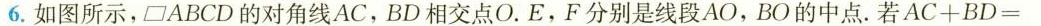
6.如图所示，□ABCD的对角线AC，BD相交点O.E，F分别是线段AO，BO的中点。若AC+BD=